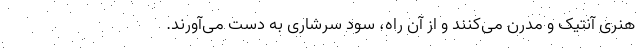
هنری آنتیک و مدرن می‌کنند و از آن راه، سود سرشاری به دست می‌آورند.